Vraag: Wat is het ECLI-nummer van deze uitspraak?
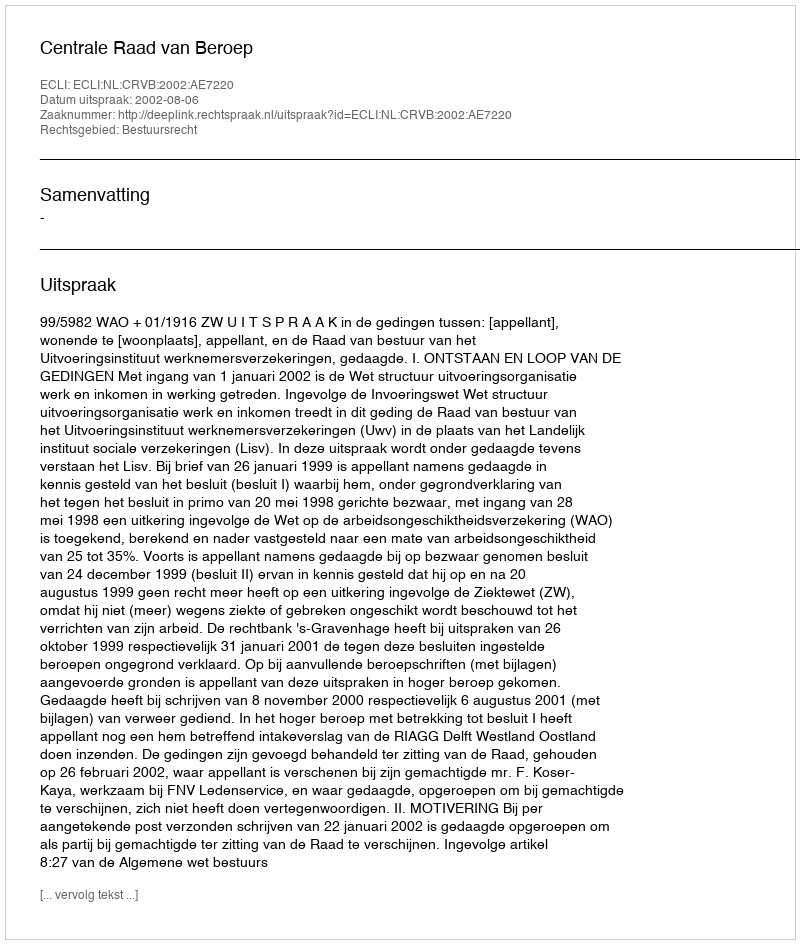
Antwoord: ECLI:NL:CRVB:2002:AE7220